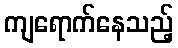
ကျရောက်နေသည့်